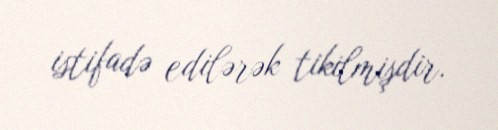
istifadə edilərək tikilmişdir.